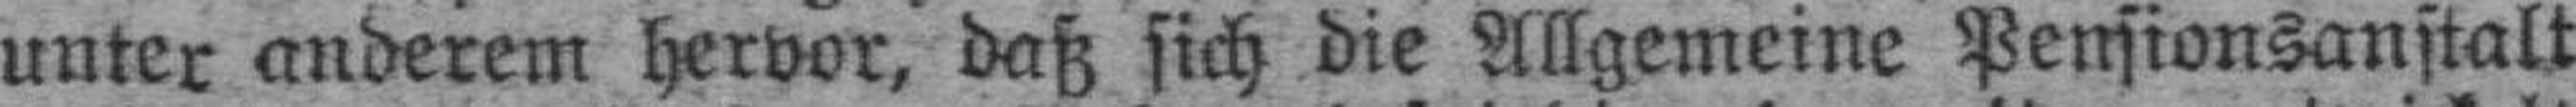
unter anderem hervor, daß sich die Allgemeine Pensionsanstalt